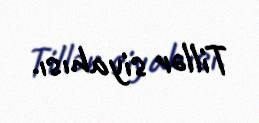
Tillər siyahısı.